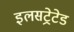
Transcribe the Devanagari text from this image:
इलसट्रेटेड